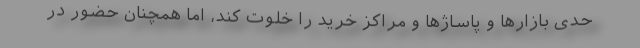
حدی بازارها و پاساژها و مراکز خرید را خلوت کند، اما همچنان حضور در